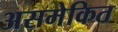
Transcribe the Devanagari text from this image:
असमेकित